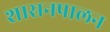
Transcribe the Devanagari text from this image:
शासनपालन